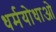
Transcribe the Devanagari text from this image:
धर्मयोधाओ